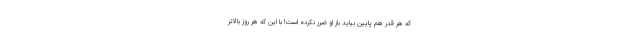
که هر قدر هم پایین بیاید باز او ضرر نکرده است! با این که هر روز بالاتر